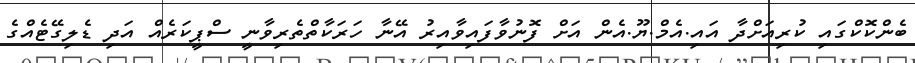
ބެންކޮކްގައި ކުރިއަށްދާ އައި.އެމް.ޔޫ.އެން އަށް ފޮނުވާފައިވާއިރު އޭނާ ހަރަކާތްތެރިވާނީ ސްޕީކަރެއް އަދި ޑެލިގޭޓެއްގެ